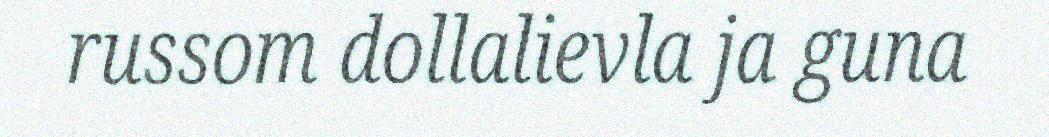
russom dollalievla ja guna